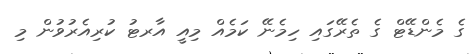
ގެ މެންޑޭޓް ގެ ތެރޭގައި ހިމެނޭ ކަމެއް މިއީ އާރޓު ކުރިއެރުވުން މި